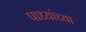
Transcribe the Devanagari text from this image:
पाध्यांच्या